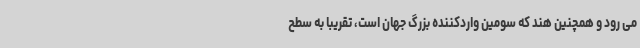
می رود و همچنین هند که سومین واردکننده بزرگ جهان است، تقریبا به سطح